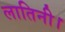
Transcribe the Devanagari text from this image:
लातिनी।